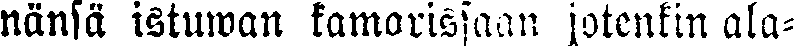
nänsä istuwan kamarissaan jotenkin ala-